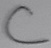
Text: C